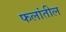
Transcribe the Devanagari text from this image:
फलांतील